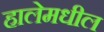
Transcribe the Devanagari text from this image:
हालेमधील